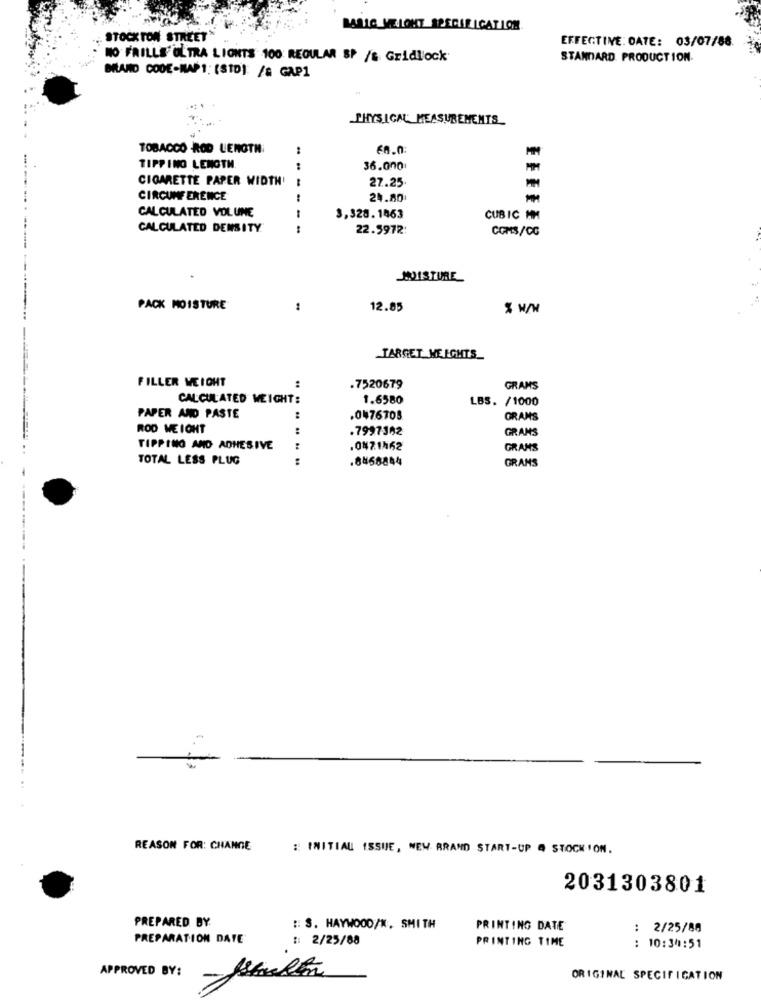
BARLO VELOKT SPECIFICATION
STOCK TON STREET
EFFECTIVE: DATE: 03/07/86.
NO FRILLS' OL TRA LIONTS 100 REGULAR SP /& Gridlock
STANDARD PRODUCTION.
BRAND CODE-MAP1: (SID): /& GAP1
PHYSICAL MEASUREMENTS
TOBACCO ROD LENGTH
:
TIPPING LENGTH
36.000
CIGARETTE PAPER WIDTH'
27.25.
-
CIRCUMFERENCE
24.80
-
CALCULATED VOLUME
3,328. 1463
CUBIC MM
CALCULATED DENSITY
22.5972:
COMS/CC
MOISTURE
PACK MOISTURE
12.85
TARGET ME IGHTS_
FILLER WEIGHT
:
.7520679
GRAMS
CALCULATED WEIGHT:
1.6580
LBS. /1000
PAPER AND PASTE
:
.0 76705
GRANS
ROD WEIGHT
:
.7997302
GRANS
TIPPING AND ADHESIVE
:
.047.1462
GRAMS
TOTAL LESS PLUG
:
.8468844
GRAMS
REASON FOR: CHANGE
:: INITIAL ISSUE, WEW BRAND START-UP @ STOCK ION.
2031303801
PREPARED BY
:: S. HAYWOOD/N. SMITH
PRINTING DATE
2/25/80
..
PREPARATION DATE
:: 2/25/88
PRINTING TIME
: 10:34:51
APPROVED BY:
ORIGINAL SPECIFICATION